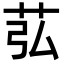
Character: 苰